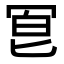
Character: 冟